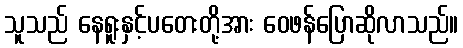
သူသည် နေရူးနှင့်ပတေးတို့အား ဝေဖန်ပြောဆိုလာသည်။